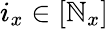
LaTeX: i_{x}\in[\mathbb{N}_{x}]